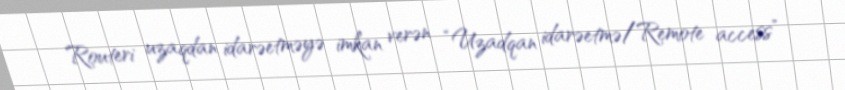
Routeri uzaqdan idarəetməyə imkan verən “Uzadqan idarəetmə/Remote access”